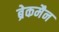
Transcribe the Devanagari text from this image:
ब्रेकमैन